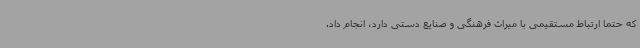
که حتما ارتباط مستقیمی با میراث فرهنگی و صنایع دستی دارد، انجام داد.